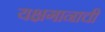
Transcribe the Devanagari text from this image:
यक्षगानाची